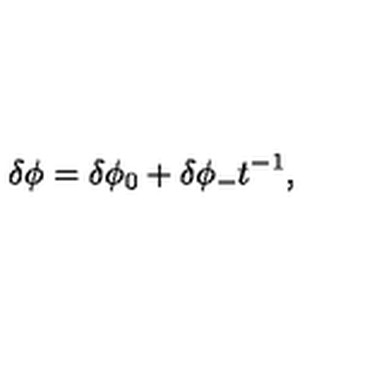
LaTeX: \delta \phi = \delta \phi _ { 0 } + \delta \phi _ { - } t ^ { - 1 } ,